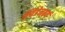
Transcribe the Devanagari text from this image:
स्विडेनबर्ग